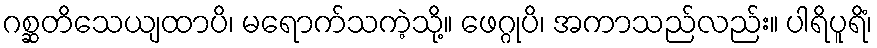
ဂစ္ဆတိသေယျထာပိ၊ မရောက်သကဲ့သို့။ ဖေဂ္ဂုပိ၊ အကာသည်လည်း။ ပါရိပူရိံ၊